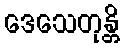
ဒေသေတုန္တိ